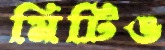
মিটিঙ